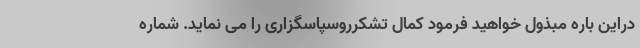
دراین باره مبذول خواهید فرمود کمال تشکرروسپاسگزاری را می نماید. شماره